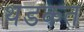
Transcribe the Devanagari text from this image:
थडकत